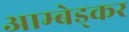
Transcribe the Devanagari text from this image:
आम्बेड्कर